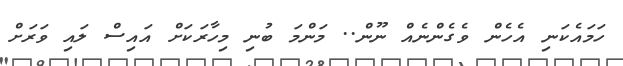
ހަމައެކަނި އެހެން ވެގެންނެއް ނޫން.. މަންމަ ބުނި މިހާރަކަށް އައިސް ލައި ވަރަށް